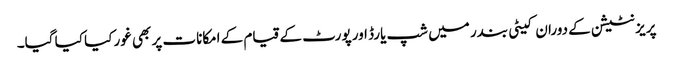
پریزنٹیشن کے دوران کیٹی بندر میں شپ یارڈ اور پورٹ کے قیام کے امکانات پر بھی غور کیا کیا گیا۔